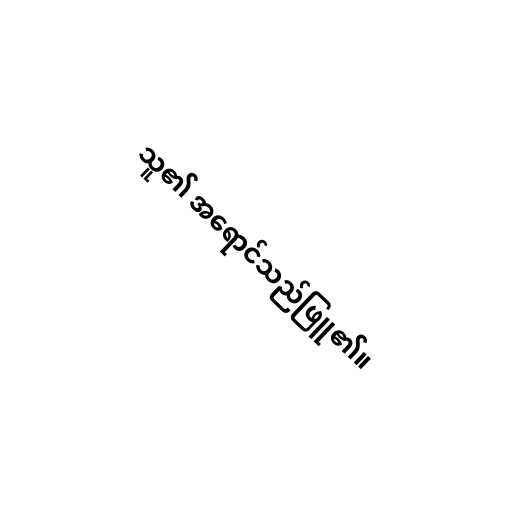
သူ၏ အရောင်သည်ဖြူ၏။